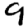
Digit: 9